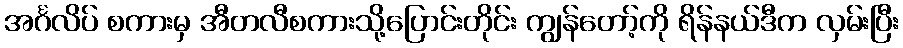
အင်္ဂလိပ် စကားမှ အီတလီစကားသို့ပြောင်းတိုင်း ကျွန်တော့်ကို ရိန်နယ်ဒီက လှမ်းပြီး